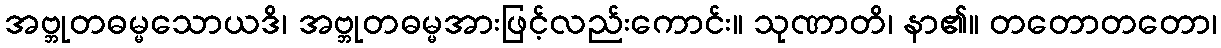
အဗ္ဘုတဓမ္မသောယဒိ၊ အဗ္ဘုတဓမ္မအားဖြင့်လည်းကောင်း။ သုဏာတိ၊ နာ၏။ တတောတတော၊